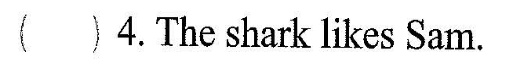
( ) 4.The shark likes Sam.